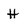
Character: H